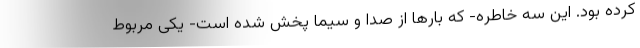
کرده بود. این سه خاطره- که بار‌ها از صدا و سیما پخش شده است- یکی مربوط